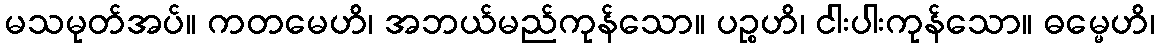
မသမုတ်အပ်။ ကတမေဟိ၊ အဘယ်မည်ကုန်သော။ ပဉ္စဟိ၊ ငါးပါးကုန်သော။ ဓမ္မေဟိ၊